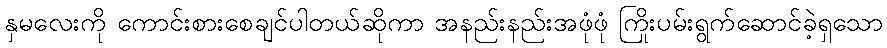
နှမလေးကို ကောင်းစားစေချင်ပါတယ်ဆိုကာ အနည်းနည်းအဖုံဖုံ ကြိုးပမ်းရွက်ဆောင်ခဲ့ရှသော